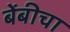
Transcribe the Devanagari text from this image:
बेंबीचा